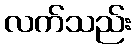
လက်သည်း